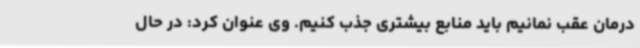
درمان عقب نمانیم باید منابع بیشتری جذب کنیم. وی عنوان کرد: در حال